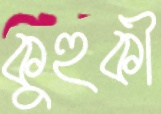
কুহুকী